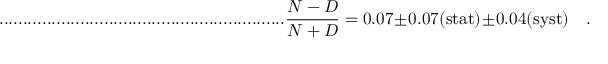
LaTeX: . . . . . . . . . . . . . . . . . . . . . . . . . . . . . . . . . . . . . . . . . . . . . . . . . . . . . . . . . . . . \frac { N - D } { N + D } = 0 . 0 7 \pm 0 . 0 7 ( \mathrm { s t a t } ) \pm 0 . 0 4 ( \mathrm { s y s t } ) \quad .